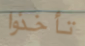
تأخذوا